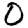
Digit: 0